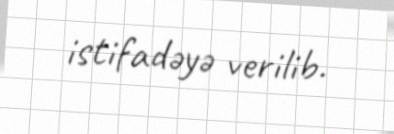
istifadəyə verilib.